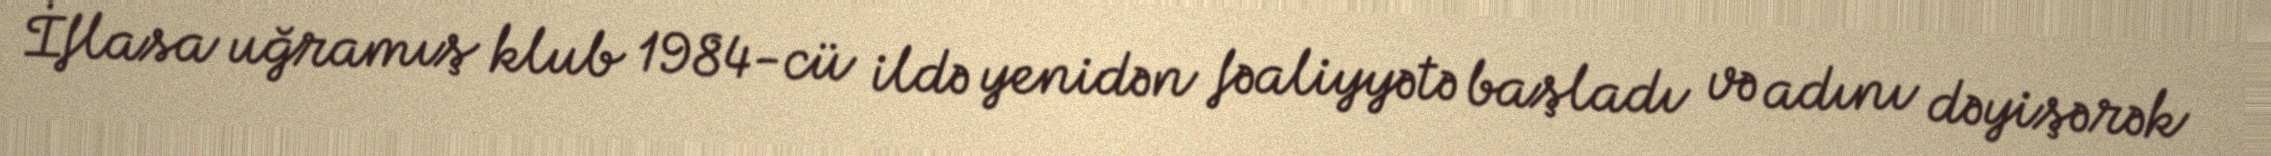
İflasa uğramış klub 1984-cü ildə yenidən fəaliyyətə başladı və adını dəyişərək